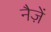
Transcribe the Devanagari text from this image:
नैज़ें